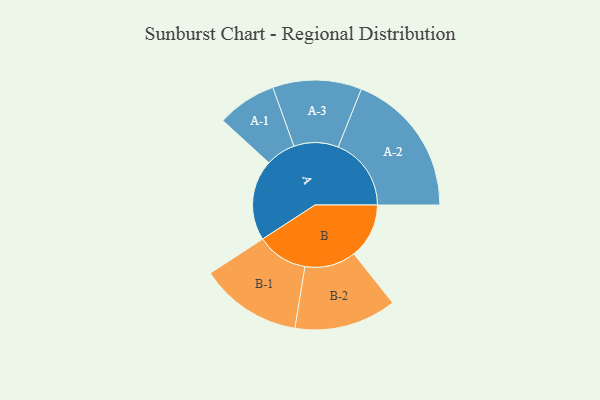
{"axis": {"x": "Segment", "y": "Value"}, "legend": ["", "A", "B"], "data": [{"x": "A", "y": 280, "type": ""}, {"x": "B", "y": 191, "type": ""}, {"x": "A-1", "y": 103, "type": "A"}, {"x": "A-2", "y": 253, "type": "A"}, {"x": "A-3", "y": 154, "type": "A"}, {"x": "B-1", "y": 177, "type": "B"}, {"x": "B-2", "y": 177, "type": "B"}]}